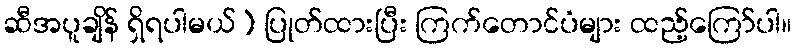
ဆီအပူချိန် ရှိရပါမယ်) ပြုတ်ထားပြီး ကြက်တောင်ပံများ ထည့်ကြော်ပါ။